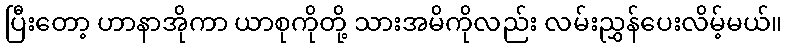
ပြီးတော့ ဟာနာအိုကာ ယာစုကိုတို့ သားအမိကိုလည်း လမ်းညွှန်ပေးလိမ့်မယ်။